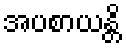
အပစာယန္တိ